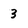
Character: 3